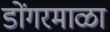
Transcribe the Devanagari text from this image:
डोंगरमाळा